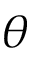
\theta